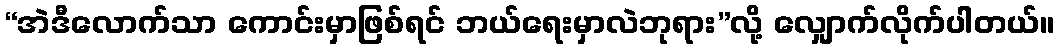
“အဲဒီလောက်သာ ကောင်းမှာဖြစ်ရင် ဘယ်ရေးမှာလဲဘုရား”လို့ လျှောက်လိုက်ပါတယ်။